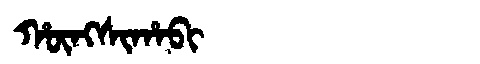
Manchu: ᡥᡡᠩᠰᡳᡥᠠᠪᡳ
Romanization: HŪNGSIHABI